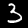
Digit: 3